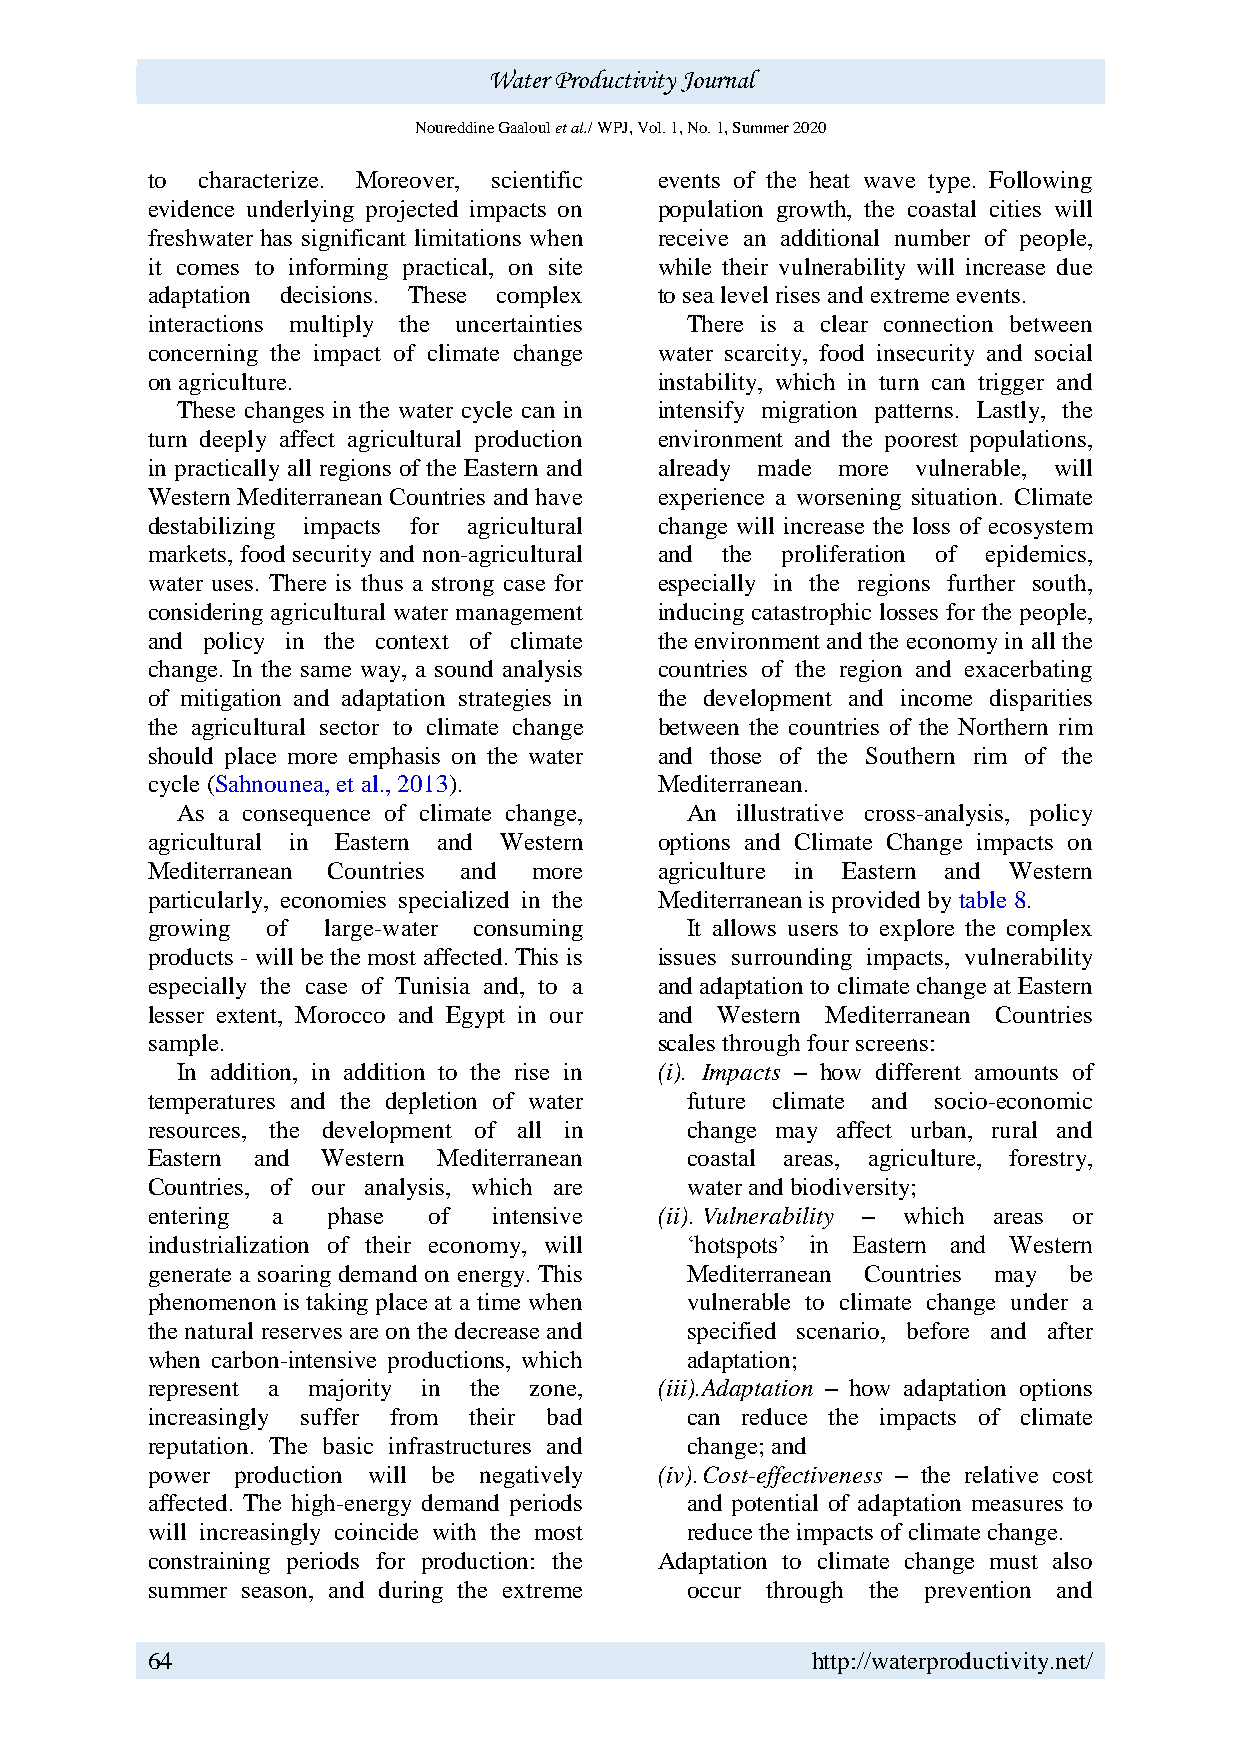
Water Productivity Journal
 Noureddine Gaaloul et al./ WPJ, Vol. 1, No. 1, Summer 2020
 to characterize. Moreover, scientific events of the heat wave type. Following
 evidence underlying projected impacts on population growth, the coastal cities will
 freshwater has significant limitations when receive an additional number of people,
 it comes to informing practical, on site while their vulnerability will increase due
 adaptation decisions. These complex to sea level rises and extreme events.
 interactions multiply the uncertainties There is a clear connection between
 concerning the impact of climate change water scarcity, food insecurity and social
 on agriculture.                   instability, which in turn can trigger and
 These changes in the water cycle can in intensify migration patterns. Lastly, the
 turn deeply affect agricultural production environment and the poorest populations,
 in practically all regions of the Eastern and already made more vulnerable, will
 Western Mediterranean Countries and have experience a worsening situation. Climate
 destabilizing impacts for agricultural change will increase the loss of ecosystem
 markets, food security and non-agricultural and the proliferation of epidemics,
 water uses. There is thus a strong case for especially in the regions further south,
 considering agricultural water management inducing catastrophic losses for the people,
 and policy in the context of climate the environment and the economy in all the
 change. In the same way, a sound analysis countries of the region and exacerbating
 of mitigation and adaptation strategies in the development and income disparities
 the agricultural sector to climate change between the countries of the Northern rim
 should place more emphasis on the water and those of the Southern rim of the
 cycle (Sahnounea, et al., 2013).  Mediterranean.
 As a consequence of climate change, An illustrative cross-analysis, policy
 agricultural in Eastern and Western options and Climate Change impacts on
 Mediterranean Countries and more  agriculture in Eastern and Western
 particularly, economies specialized in the Mediterranean is provided by table 8.
 growing of large-water consuming   It allows users to explore the complex
 products - will be the most affected. This is issues surrounding impacts, vulnerability
 especially the case of Tunisia and, to a and adaptation to climate change at Eastern
 lesser extent, Morocco and Egypt in our and Western Mediterranean Countries
 sample.                           scales through four screens:
 In addition, in addition to the rise in (i). Impacts – how different amounts of
 temperatures and the depletion of water future climate and socio-economic
 resources, the development of all in change may affect urban, rural and
 Eastern and Western Mediterranean  coastal areas, agriculture, forestry,
 Countries, of our analysis, which are water and biodiversity;
 entering a  phase of   intensive  (ii). Vulnerability – which areas or
 industrialization of their economy, will ‘hotspots’ in Eastern and Western
 generate a soaring demand on energy. This Mediterranean Countries may be
 phenomenon is taking place at a time when vulnerable to climate change under a
 the natural reserves are on the decrease and specified scenario, before and after
 when carbon-intensive productions, which adaptation;
 represent a majority in the zone, (iii). Adaptation – how adaptation options
 increasingly suffer from their bad can reduce the impacts of climate
 reputation. The basic infrastructures and change; and
 power production will be negatively (iv). Cost-effectiveness – the relative cost
 affected. The high-energy demand periods and potential of adaptation measures to
 will increasingly coincide with the most reduce the impacts of climate change.
 constraining periods for production: the Adaptation to climate change must also
 summer season, and during the extreme occur through the prevention and
 64                                          http://waterproductivity.net/